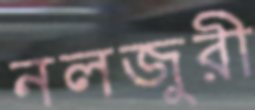
নলজুরী